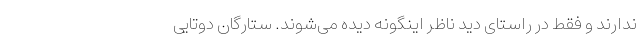
ندارند و فقط در راستای دید ناظر اینگونه دیده می‌شوند. ستارگان دوتایی